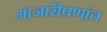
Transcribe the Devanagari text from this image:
आजारीपणांत